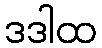
ဒဒါထ